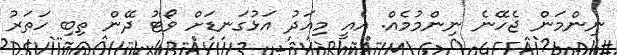
ނިންމަން ޖެހޭނެ ނިންމުމެއް. އެއީ މިއަދު އަޅުގަނޑަށް ވޯޓު ދޭން ތިބި ހަތަރު